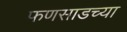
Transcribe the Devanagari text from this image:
फणसाडच्या